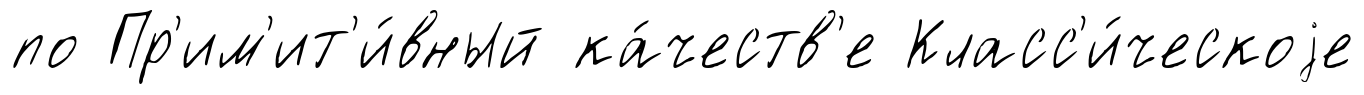
по Пр'им'ит'и́вный ка́честв'е Класс'и́ческоjе